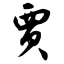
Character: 贾